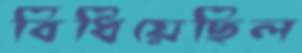
বিঁধিয়েছিল